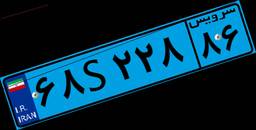
۴۸S۱۵۳۴۳